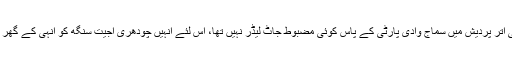
رہی بات کرن پال سنگھ کی تو وہ بھی جاٹ لیڈر ہیں اور مغربی اتر پردیش میں سماج وادی پارٹی کے پاس کوئی مضبوط جاٹ لیڈر نہیں تھا، اس لئے انہیں چودھری اجیت سنگھ کو انہی کے گھر میں گھیرنے کے لئے سماج وادی پارٹی میں شامل کیا گیا ہے۔